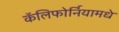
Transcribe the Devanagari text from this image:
कॅलिफोर्नियामधे